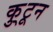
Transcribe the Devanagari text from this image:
कु्टून